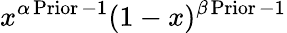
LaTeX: x^{\alpha\operatorname{Prior}-1}(1-x)^{\beta\operatorname{Prior}-1}